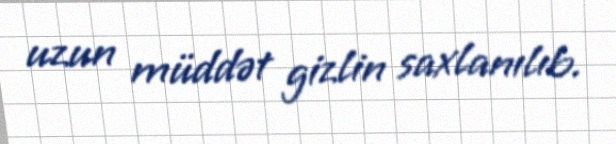
uzun müddət gizlin saxlanılıb.